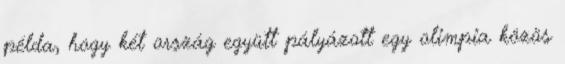
példa, hogy két ország együtt pályázott egy olimpia közös